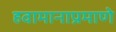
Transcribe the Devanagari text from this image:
हवामानाप्रमाणे